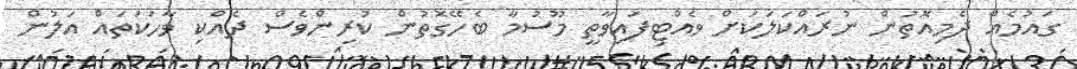
ގައުމެއް ދެމިއޮތުން ނުރައްކަލަކަށް ވެއްޓިފައިވާތީ މޫސުމާ ބެހޭގޮތުން ކުރިންވެސް ދެއްކި ވާހަކަތައް އަލުން